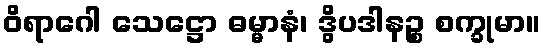
ဝိရာဂေါ သေဋ္ဌော ဓမ္မာနံ၊ ဒွိပဒါနဉ္စ စက္ခုမာ။